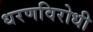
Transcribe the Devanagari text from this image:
धरणविरोधी